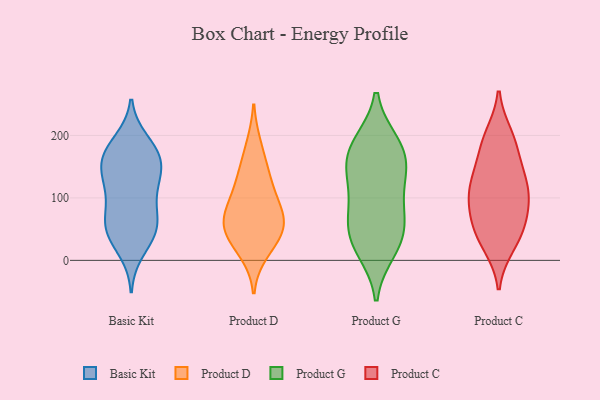
{"axis": {"x": "Headcount", "y": "Value"}, "legend": ["Basic Kit", "Product C", "Product D", "Product G"], "data": [{"x": "", "y": 111, "type": "Basic Kit"}, {"x": "", "y": 85, "type": "Basic Kit"}, {"x": "", "y": 50, "type": "Basic Kit"}, {"x": "", "y": 53, "type": "Basic Kit"}, {"x": "", "y": 116, "type": "Basic Kit"}, {"x": "", "y": 165, "type": "Basic Kit"}, {"x": "", "y": 164, "type": "Basic Kit"}, {"x": "", "y": 150, "type": "Basic Kit"}, {"x": "", "y": 186, "type": "Basic Kit"}, {"x": "", "y": 41, "type": "Basic Kit"}, {"x": "", "y": 171, "type": "Basic Kit"}, {"x": "", "y": 123, "type": "Basic Kit"}, {"x": "", "y": 62, "type": "Basic Kit"}, {"x": "", "y": 15, "type": "Basic Kit"}, {"x": "", "y": 154, "type": "Basic Kit"}, {"x": "", "y": 70, "type": "Basic Kit"}, {"x": "", "y": 39, "type": "Basic Kit"}, {"x": "", "y": 138, "type": "Basic Kit"}, {"x": "", "y": 191, "type": "Basic Kit"}, {"x": "", "y": 67, "type": "Product D"}, {"x": "", "y": 134, "type": "Product D"}, {"x": "", "y": 183, "type": "Product D"}, {"x": "", "y": 87, "type": "Product D"}, {"x": "", "y": 96, "type": "Product D"}, {"x": "", "y": 65, "type": "Product D"}, {"x": "", "y": 53, "type": "Product D"}, {"x": "", "y": 137, "type": "Product D"}, {"x": "", "y": 39, "type": "Product D"}, {"x": "", "y": 14, "type": "Product D"}, {"x": "", "y": 39, "type": "Product D"}, {"x": "", "y": 34, "type": "Product G"}, {"x": "", "y": 187, "type": "Product G"}, {"x": "", "y": 30, "type": "Product G"}, {"x": "", "y": 17, "type": "Product G"}, {"x": "", "y": 92, "type": "Product G"}, {"x": "", "y": 187, "type": "Product G"}, {"x": "", "y": 70, "type": "Product G"}, {"x": "", "y": 169, "type": "Product G"}, {"x": "", "y": 155, "type": "Product G"}, {"x": "", "y": 62, "type": "Product G"}, {"x": "", "y": 143, "type": "Product G"}, {"x": "", "y": 126, "type": "Product G"}, {"x": "", "y": 190, "type": "Product C"}, {"x": "", "y": 104, "type": "Product C"}, {"x": "", "y": 199, "type": "Product C"}, {"x": "", "y": 80, "type": "Product C"}, {"x": "", "y": 46, "type": "Product C"}, {"x": "", "y": 181, "type": "Product C"}, {"x": "", "y": 112, "type": "Product C"}, {"x": "", "y": 125, "type": "Product C"}, {"x": "", "y": 25, "type": "Product C"}, {"x": "", "y": 126, "type": "Product C"}, {"x": "", "y": 83, "type": "Product C"}, {"x": "", "y": 34, "type": "Product C"}, {"x": "", "y": 59, "type": "Product C"}, {"x": "", "y": 143, "type": "Product C"}]}